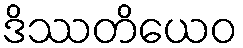
ဒိဿတိယေဝ